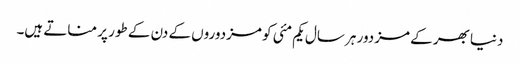
دنیا بھر کے مزدور ہر سال یکم مئی کو مزدوروں کے دن کے طور پر مناتے ہیں۔